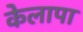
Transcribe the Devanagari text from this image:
केलापा